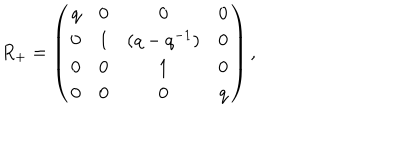
R _ { + } = \left( \begin{array} { c c c c } { { q } } & { { 0 } } & { { 0 } } & { { 0 } } \\ { { 0 } } & { { 1 } } & { { ( q - q ^ { - 1 } ) } } & { { 0 } } \\ { { 0 } } & { { 0 } } & { { 1 } } & { { 0 } } \\ { { 0 } } & { { 0 } } & { { 0 } } & { { q } } \\ \end{array} \right) ,